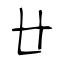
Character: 廿